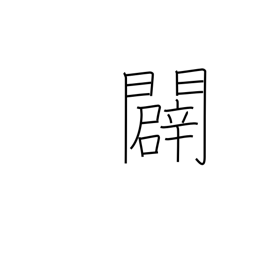
Meaning: open